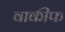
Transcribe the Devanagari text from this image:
वाकीफ